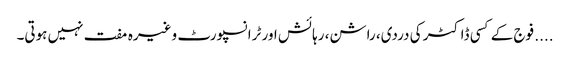
.... فوج کے کسی ڈاکٹر کی دردی، راشن، رہائش اور ٹرانسپورٹ وغیرہ مفت نہیں ہوتی۔